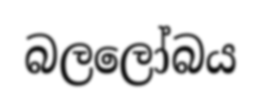
බලලෝබය